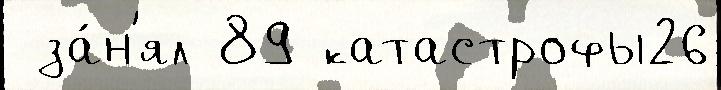
 за́н'ял 89 катастрофы26